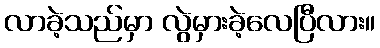
လာခဲ့သည်မှာ လွဲမှားခဲ့လေပြီလား။